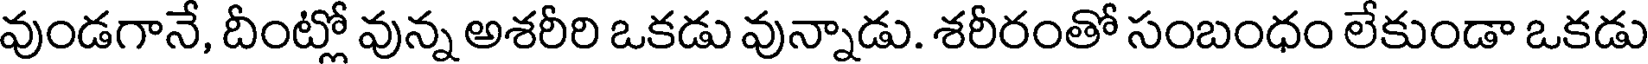
వుండగానే, దీంట్లో వున్న అశరీరి ఒకడు వున్నాడు. శరీరంతో సంబంధం లేకుండా ఒకడు